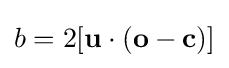
b=2[\mathbf {u} \cdot (\mathbf {o} -\mathbf {c} )]